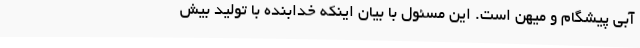
آبی پیشگام و میهن است. این مسئول با بیان اینکه خدابنده با تولید بیش